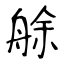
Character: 艅